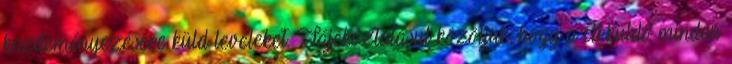
kezdeményezésére küld leveleket. Tájékoztatásul közöljük, hogy a cikküldő minden